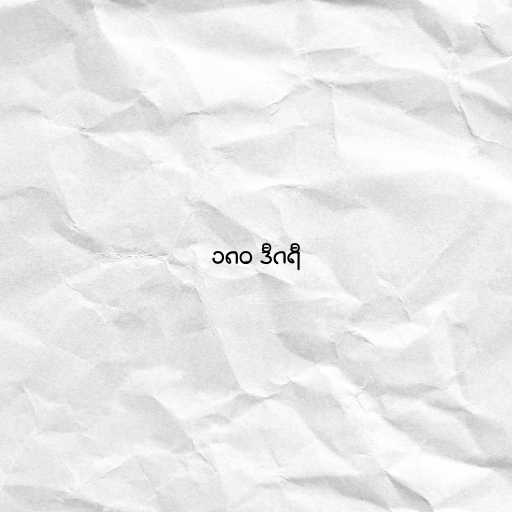
၁၈၀ ဒီဂရီ